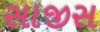
સાજીસ